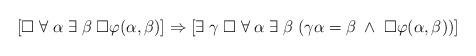
LaTeX: \begin{align*}[\Box \; \forall \; \alpha \; \exists \; \beta \; \Box \varphi(\alpha, \beta)] \Rightarrow [\exists \; \gamma \; \Box \; \forall \; \alpha \; \exists \; \beta \; (\gamma\alpha =\beta \; \wedge \; \Box \varphi(\alpha, \beta))]\end{align*}